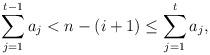
LaTeX: \begin{align*}\sum_{j=1}^{t-1}a_j<n-(i+1)\leq\sum_{j=1}^ta_j,\end{align*}